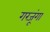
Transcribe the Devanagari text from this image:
गरजूंगा